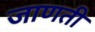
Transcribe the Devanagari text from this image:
जाणती